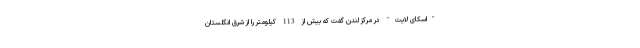
"اسکای لایت" در مرکز لندن گفت که بیش از 113 کیلومتر را از شرق انگلستان